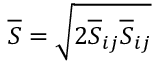
\overline { { S } } = \sqrt { 2 \overline { { S } } _ { i j } \overline { { S } } _ { i j } }